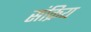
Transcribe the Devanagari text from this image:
संक्रिय